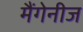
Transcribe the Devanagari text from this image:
मैंगेनीज